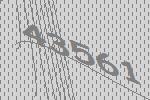
43561